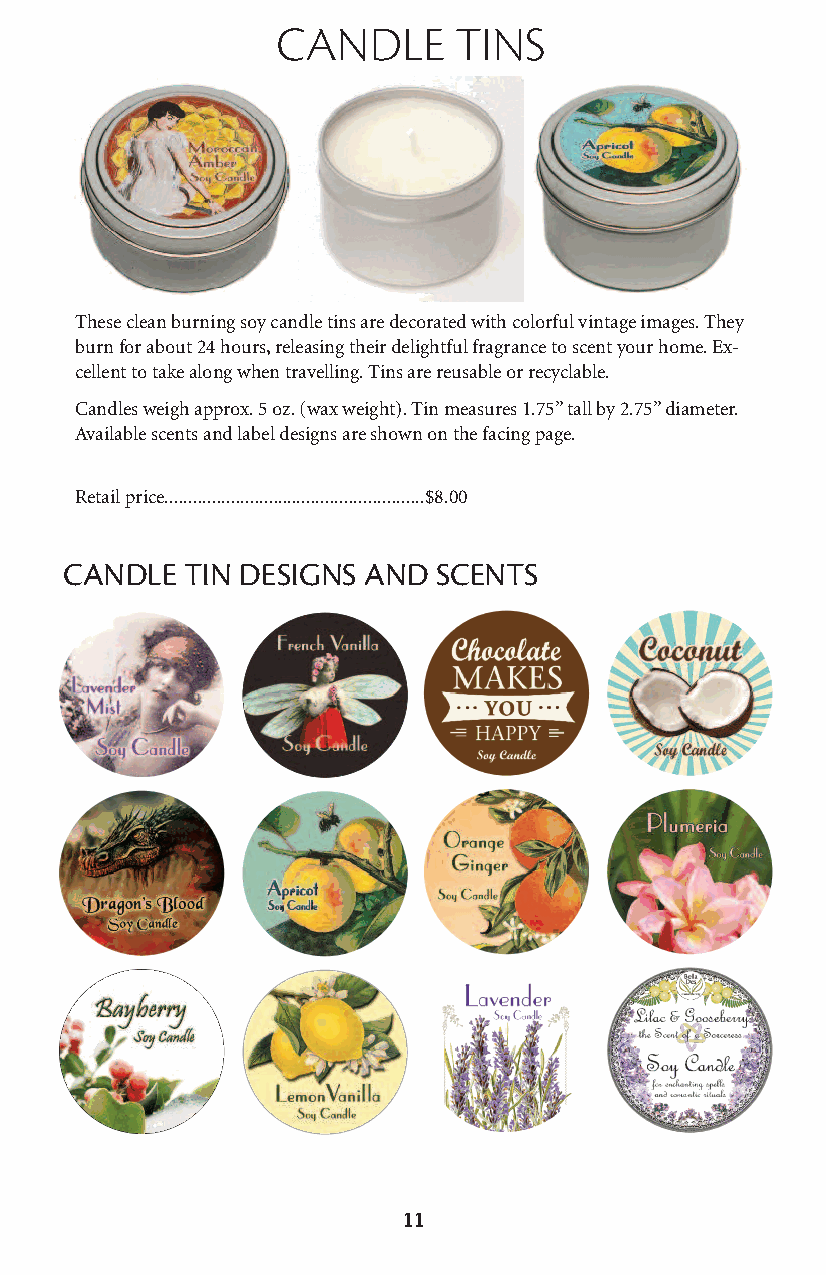
candle      tins
 These clean burning soy candle tins are decorated with colorful vintage images. They
 burn for about 24 hours, releasing their delightful fragrance to scent your home. Ex-
 cellent to take along when travelling. Tins are reusable or recyclable.
 Candles weigh approx. 5 oz. (wax weight). Tin measures 1.75” tall by 2.75” diameter.
 Available scents and label designs are shown on the facing page.
 Retail price.......................................................$8.00
 CANDLE  TIN DESIGNS AND  SCENTS
 11